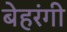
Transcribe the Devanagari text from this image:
बेहरंगी